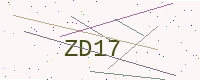
Text: ZD17